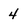
Character: 4